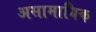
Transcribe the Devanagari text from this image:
असामायिक